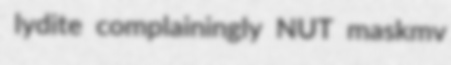
lydite complainingly NUT maskmv